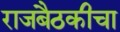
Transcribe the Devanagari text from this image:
राजबैठकीचा